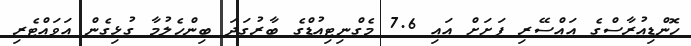
ހޮންޑިއުރާސްގެ އައްސޭރި ފަށަށް އައި 7.6 މެގްނިޓިއުޑްގެ ބާރުގަދަ ބިންހެލުމާ ގުޅިގެން އަވައްޓެރި